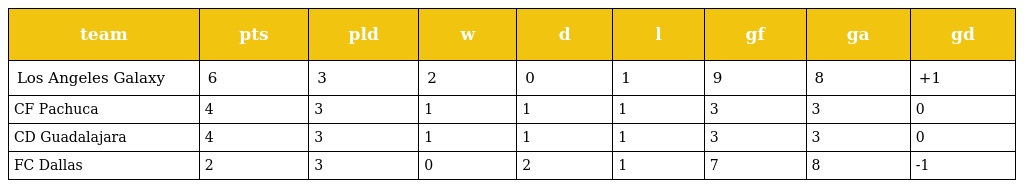
| team | pts | pld | w | d | l | gf | ga | gd |
 | --- | --- | --- | --- | --- | --- | --- | --- | --- |
 | Los Angeles Galaxy | 6 | 3 | 2 | 0 | 1 | 9 | 8 | +1 |
 | CF Pachuca | 4 | 3 | 1 | 1 | 1 | 3 | 3 | 0 |
 | CD Guadalajara | 4 | 3 | 1 | 1 | 1 | 3 | 3 | 0 |
 | FC Dallas | 2 | 3 | 0 | 2 | 1 | 7 | 8 | -1 |